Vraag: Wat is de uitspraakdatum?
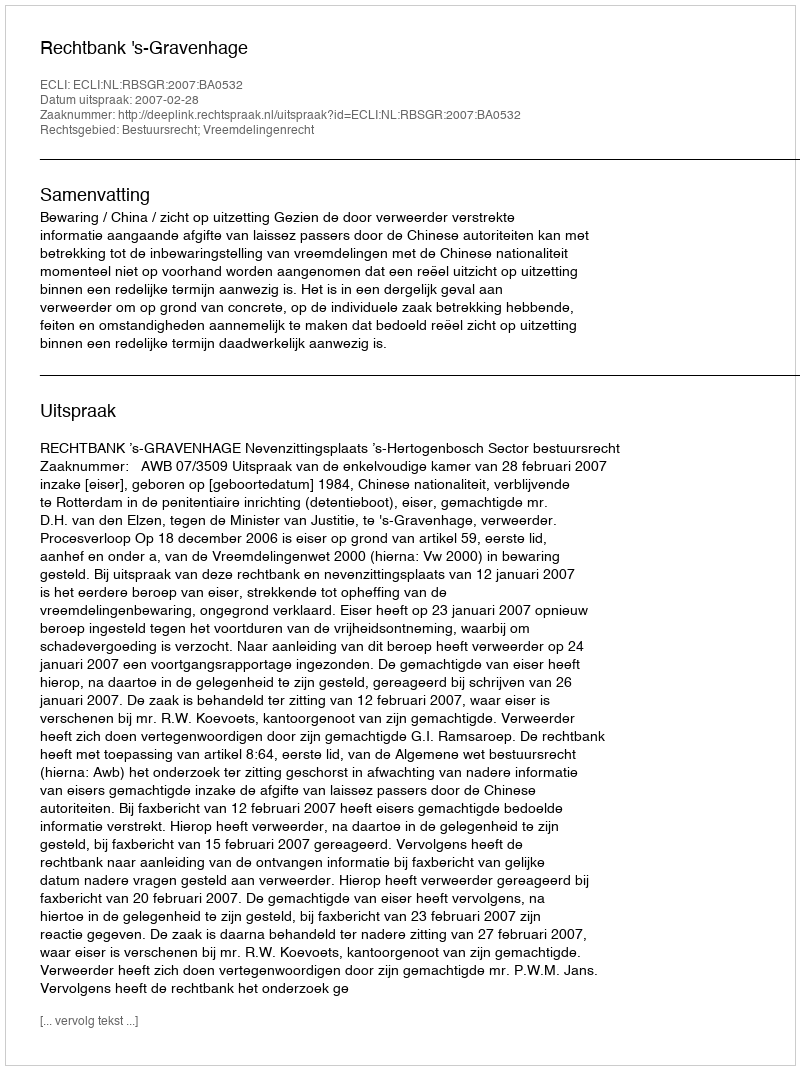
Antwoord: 2007-02-28